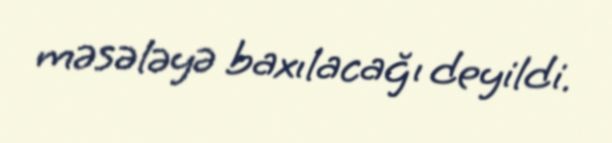
məsələyə baxılacağı deyildi.